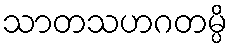
သာတသဟဂတမ္ပိ